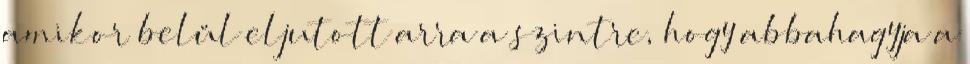
amikor belül eljutott arra a szintre, hogy abbahagyja a